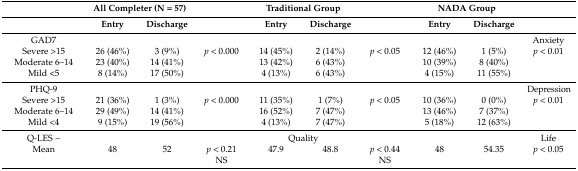
<table><thead><tr><td></td><td colspan="2"><b>All Completer (N = 57)</b></td><td></td><td colspan="2"><b>Traditional Group</b></td><td></td><td colspan="2"><b>NADA Group</b></td><td></td></tr><tr><td></td><td><b>Entry</b></td><td><b>Discharge</b></td><td></td><td><b>Entry</b></td><td><b>Discharge</b></td><td></td><td><b>Entry</b></td><td><b>Discharge</b></td><td></td></tr></thead><tbody><tr><td>GAD7</td><td></td><td></td><td></td><td></td><td></td><td></td><td></td><td></td><td>Anxiety</td></tr><tr><td>Severe &gt;15</td><td>26 (46%)</td><td>3 (9%)</td><td><i>p</i> &lt; 0.000</td><td>14 (45%)</td><td>2 (14%)</td><td><i>p</i> &lt; 0.05</td><td>12 (46%)</td><td>1 (5%)</td><td><i>p</i> &lt; 0.01</td></tr><tr><td>Moderate 6–14</td><td>23 (40%)</td><td>14 (41%)</td><td></td><td>13 (42%)</td><td>6 (43%)</td><td></td><td>10 (39%)</td><td>8 (40%)</td><td></td></tr><tr><td>Mild &lt;5</td><td>8 (14%)</td><td>17 (50%)</td><td></td><td>4 (13%)</td><td>6 (43%)</td><td></td><td>4 (15%)</td><td>11 (55%)</td><td></td></tr><tr><td>PHQ-9</td><td></td><td></td><td></td><td></td><td></td><td></td><td></td><td></td><td>Depression</td></tr><tr><td>Severe &gt;15</td><td>21 (36%)</td><td>1 (3%)</td><td><i>p</i> &lt; 0.000</td><td>11 (35%)</td><td>1 (7%)</td><td><i>p</i> &lt; 0.05</td><td>10 (36%)</td><td>0 (0%)</td><td><i>p</i> &lt; 0.01</td></tr><tr><td>Moderate 6–14</td><td>29 (49%)</td><td>14 (41%)</td><td></td><td>16 (52%)</td><td>7 (47%)</td><td></td><td>13 (46%)</td><td>7 (37%)</td><td></td></tr><tr><td>Mild &lt;4</td><td>9 (15%)</td><td>19 (56%)</td><td></td><td>4 (13%)</td><td>7 (47%)</td><td></td><td>5 (18%)</td><td>12 (63%)</td><td></td></tr><tr><td>Q-LES ~</td><td></td><td></td><td></td><td colspan="2">Quality</td><td></td><td colspan="2"></td><td>Life</td></tr><tr><td>Mean</td><td>48</td><td>52</td><td><i>p</i> &lt; 0.21</td><td>47.9</td><td>48.8</td><td><i>p</i> &lt; 0.44</td><td>48</td><td>54.35</td><td><i>p</i> &lt; 0.05</td></tr><tr><td></td><td></td><td></td><td>NS</td><td></td><td></td><td>NS</td><td></td><td></td><td></td></tr></tbody></table>